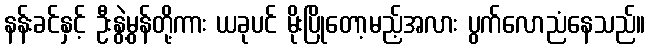
နန်းခင်နှင့် ဦးနွဲ့မွန်တို့ကား ယခုပင် မိုးပြိုတော့မည့်အလား ပွက်လောညံနေသည်။